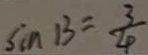
\sin 1 3 = \frac { 3 } { 4 }